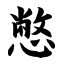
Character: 憋